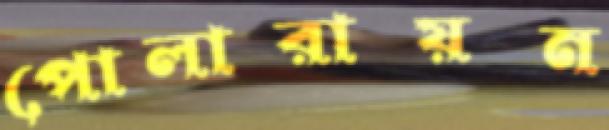
পোলারায়ন